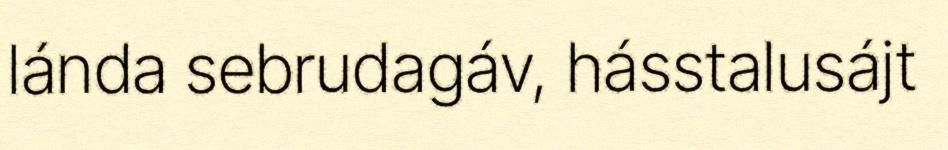
lánda sebrudagáv, hásstalusájt